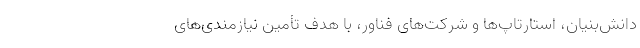
دانش‌بنیان، استارتاپ‌ها و شرکت‌های فناور، با هدف تأمین نیازمندی‌های